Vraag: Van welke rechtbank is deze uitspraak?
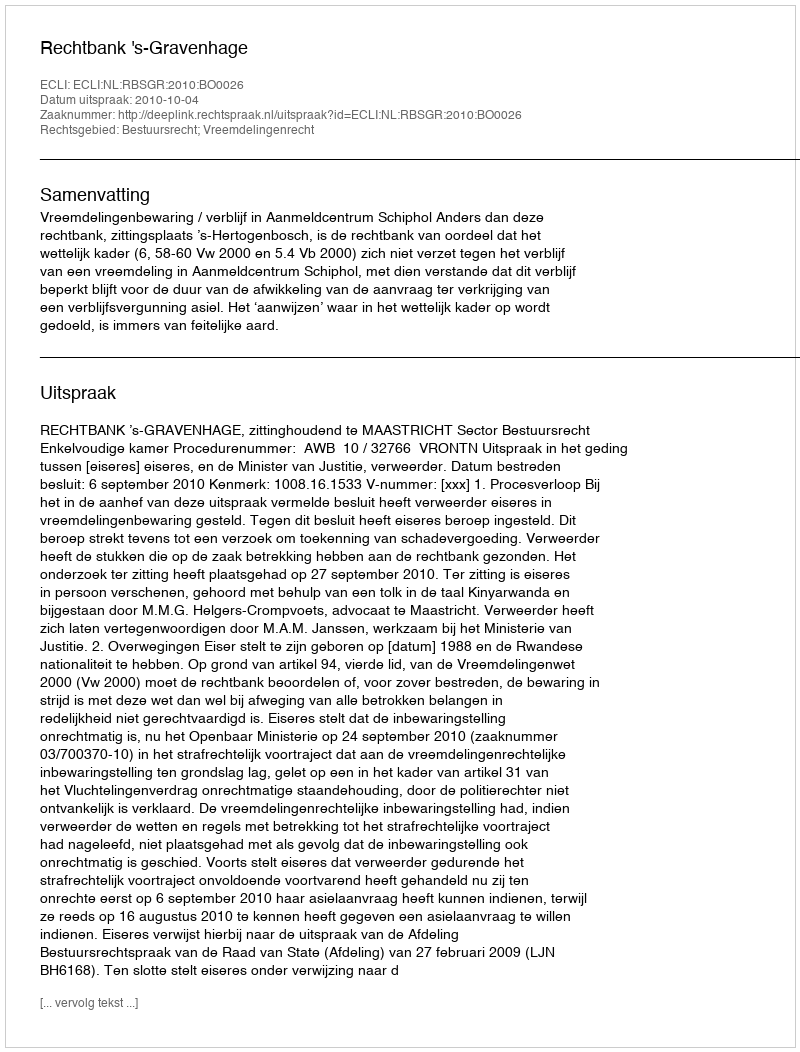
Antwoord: Rechtbank 's-Gravenhage